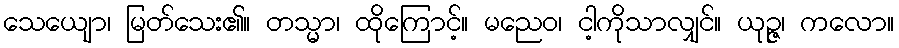
သေယျော၊ မြတ်သေး၏။ တသ္မာ၊ ထိုကြောင့်။ မညေဝ၊ ငါ့ကိုသာလျှင်။ ယုဉ္ဇ၊ ကလော။